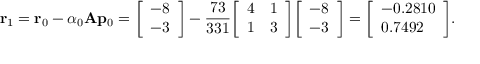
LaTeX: \mathbf { r } _ { 1 } = \mathbf { r } _ { 0 } - \alpha _ { 0 } \mathbf { A } \mathbf { p } _ { 0 } = { \left[ \begin{array} { l } { - 8 } \\ { - 3 } \end{array} \right] } - { \frac { 7 3 } { 3 3 1 } } { \left[ \begin{array} { l l } { 4 } & { 1 } \\ { 1 } & { 3 } \end{array} \right] } { \left[ \begin{array} { l } { - 8 } \\ { - 3 } \end{array} \right] } = { \left[ \begin{array} { l } { - 0 . 2 8 1 0 } \\ { 0 . 7 4 9 2 } \end{array} \right] } .